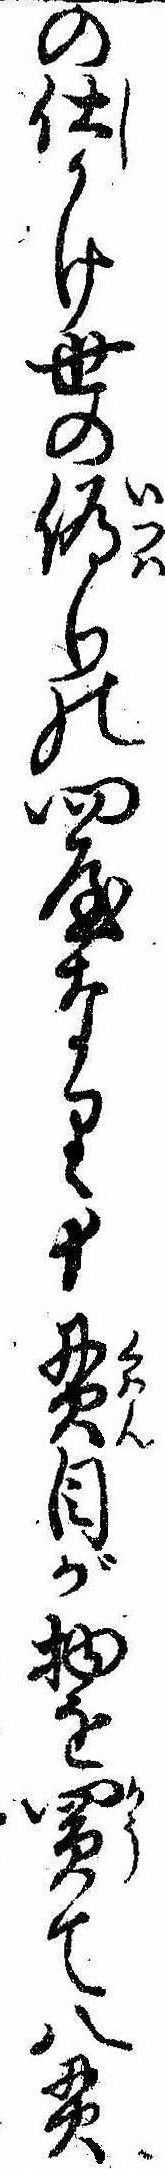
の仕かけ世の偽りの問屋なり十貫目が物を買て八貫